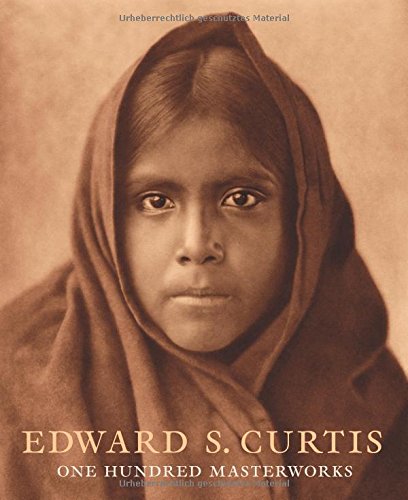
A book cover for Edward S. Curtis: One Hundred Masterworks; Christopher Cardozo; Arts & Photography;